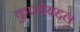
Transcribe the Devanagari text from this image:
कुप्रथेबद्दल